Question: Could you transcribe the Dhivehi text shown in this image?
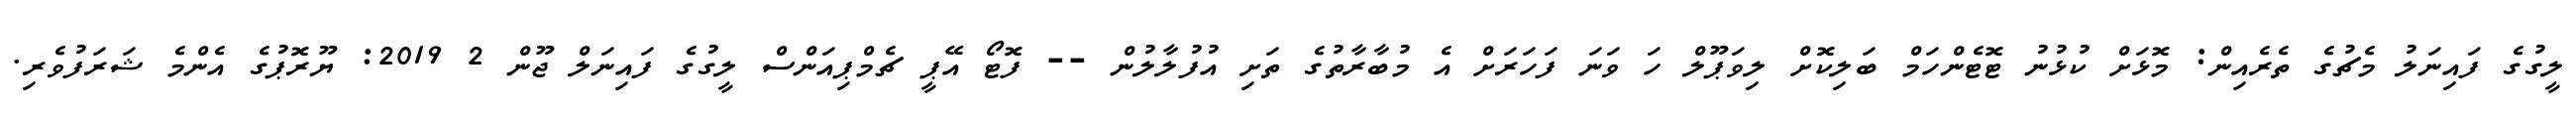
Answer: ލީގުގެ ފައިނަލު މެޗުގެ ތެރެއިން: މޮޅަށް ކުޅުނު ޓޮޓެންހަމް ބަލިކޮށް ލިވަޕޫލް ހަ ވަނަ ފަހަރަށް އެ މުބާރާތުގެ ތަށި އުފުލާލުން -- ފޮޓޯ އޭޕީ ޗެމްޕިއަންސް ލީގުގެ ފައިނަލް ޖޫން 2 2019: ޔޫރޮޕުގެ އެންމެ ޝަރަފުވެރި.